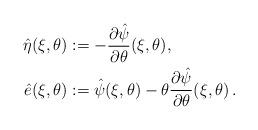
LaTeX: \begin{align*}\begin{aligned}\hat{\eta}(\xi,\theta) &:= -\frac{\partial \hat{\psi}}{\partial\theta}(\xi,\theta), \\\hat{e}(\xi,\theta) &:= \hat{\psi}(\xi,\theta)-\theta \frac{\partial\hat{\psi}}{\partial\theta} (\xi,\theta) \, .\end{aligned}\end{align*}